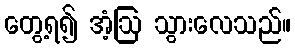
တွေ့ရ၍ အံ့ဩ သွားလေသည်။